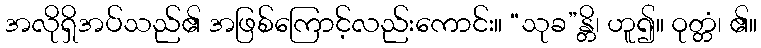
အလိုရှိအပ်သည်၏ အဖြစ်ကြောင့်လည်းကောင်း။ “သုခ”န္တိ၊ ဟူ၍။ ဝုတ္တံ၊ ၏။